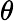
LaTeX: \theta